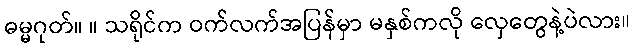
ဓမ္မဂုတ်။ ။ သရိုင်က ဝက်လက်အပြန်မှာ မနှစ်ကလို လှေတွေနဲ့ပဲလား။